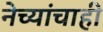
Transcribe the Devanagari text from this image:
नेच्यांचाही